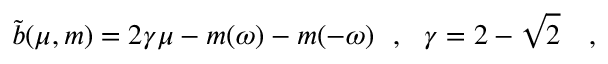
\tilde { b } ( \mu , m ) = 2 \gamma \mu - m ( \omega ) - m ( - \omega ) ~ ~ , ~ ~ \gamma = 2 - \sqrt { 2 } ~ ~ ~ ,